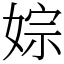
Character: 婃